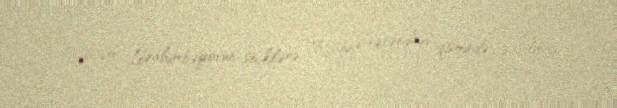
- Rüstəm İbrahimbəyovun seçkilərə Rusiya vətəndaşı qismində qatılması